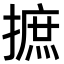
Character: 摭